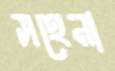
সহেনা